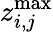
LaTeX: z_{i,j}^{\operatorname*{max}}